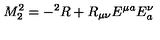
M _ { 2 } ^ { 2 } = - { } ^ { 2 } R + R _ { \mu \nu } E ^ { \mu a } E _ { a } ^ { \nu }